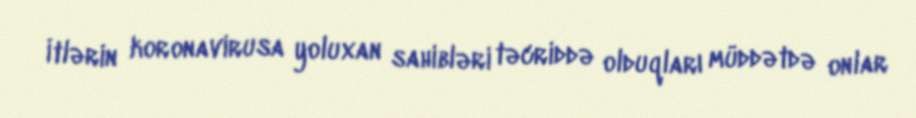
İtlərin koronavirusa yoluxan sahibləri təcriddə olduqları müddətdə onlar